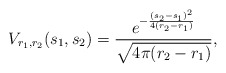
\begin{align*}V_{r_1,r_2}(s_1,s_2)=\frac{e^{-\frac{(s_2-s_1)^2}{4(r_2-r_1)}}}{\sqrt{4\pi (r_2-r_1)}},\end{align*}